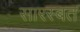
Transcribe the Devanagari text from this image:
सारस्बत